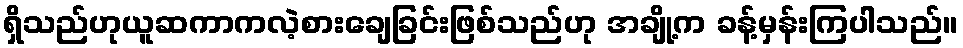
ရှိသည်ဟုယူဆကာကလဲ့စားချေခြင်းဖြစ်သည်ဟု အချို့က ခန့်မှန်းကြပါသည်။